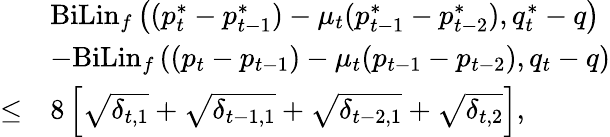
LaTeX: \begin{array}{rl}&{\mathrm{BiLin}_{f}\left((p_{t}^{*}-p_{t-1}^{*})-\mu_{t}(p_{t-1}^{*}-p_{t-2}^{*}),q_{t}^{*}-q\right)}\\ &{-\mathrm{BiLin}_{f}\left((p_{t}-p_{t-1})-\mu_{t}(p_{t-1}-p_{t-2}),q_{t}-q\right)}\\ {\leq}&{8\left[\sqrt{\delta_{t,1}}+\sqrt{\delta_{t-1,1}}+\sqrt{\delta_{t-2,1}}+\sqrt{\delta_{t,2}}\right],}\end{array}